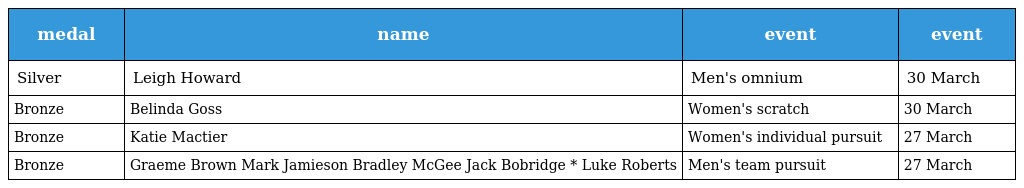
| medal | name | event | event |
 | --- | --- | --- | --- |
 | Silver | Leigh Howard | Men's omnium | 30 March |
 | Bronze | Belinda Goss | Women's scratch | 30 March |
 | Bronze | Katie Mactier | Women's individual pursuit | 27 March |
 | Bronze | Graeme Brown Mark Jamieson Bradley McGee Jack Bobridge * Luke Roberts | Men's team pursuit | 27 March |